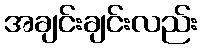
အချင်းချင်းလည်း